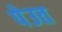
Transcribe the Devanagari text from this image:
पेउत